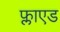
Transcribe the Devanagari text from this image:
फ्लाएड